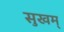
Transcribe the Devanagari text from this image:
सुखम्